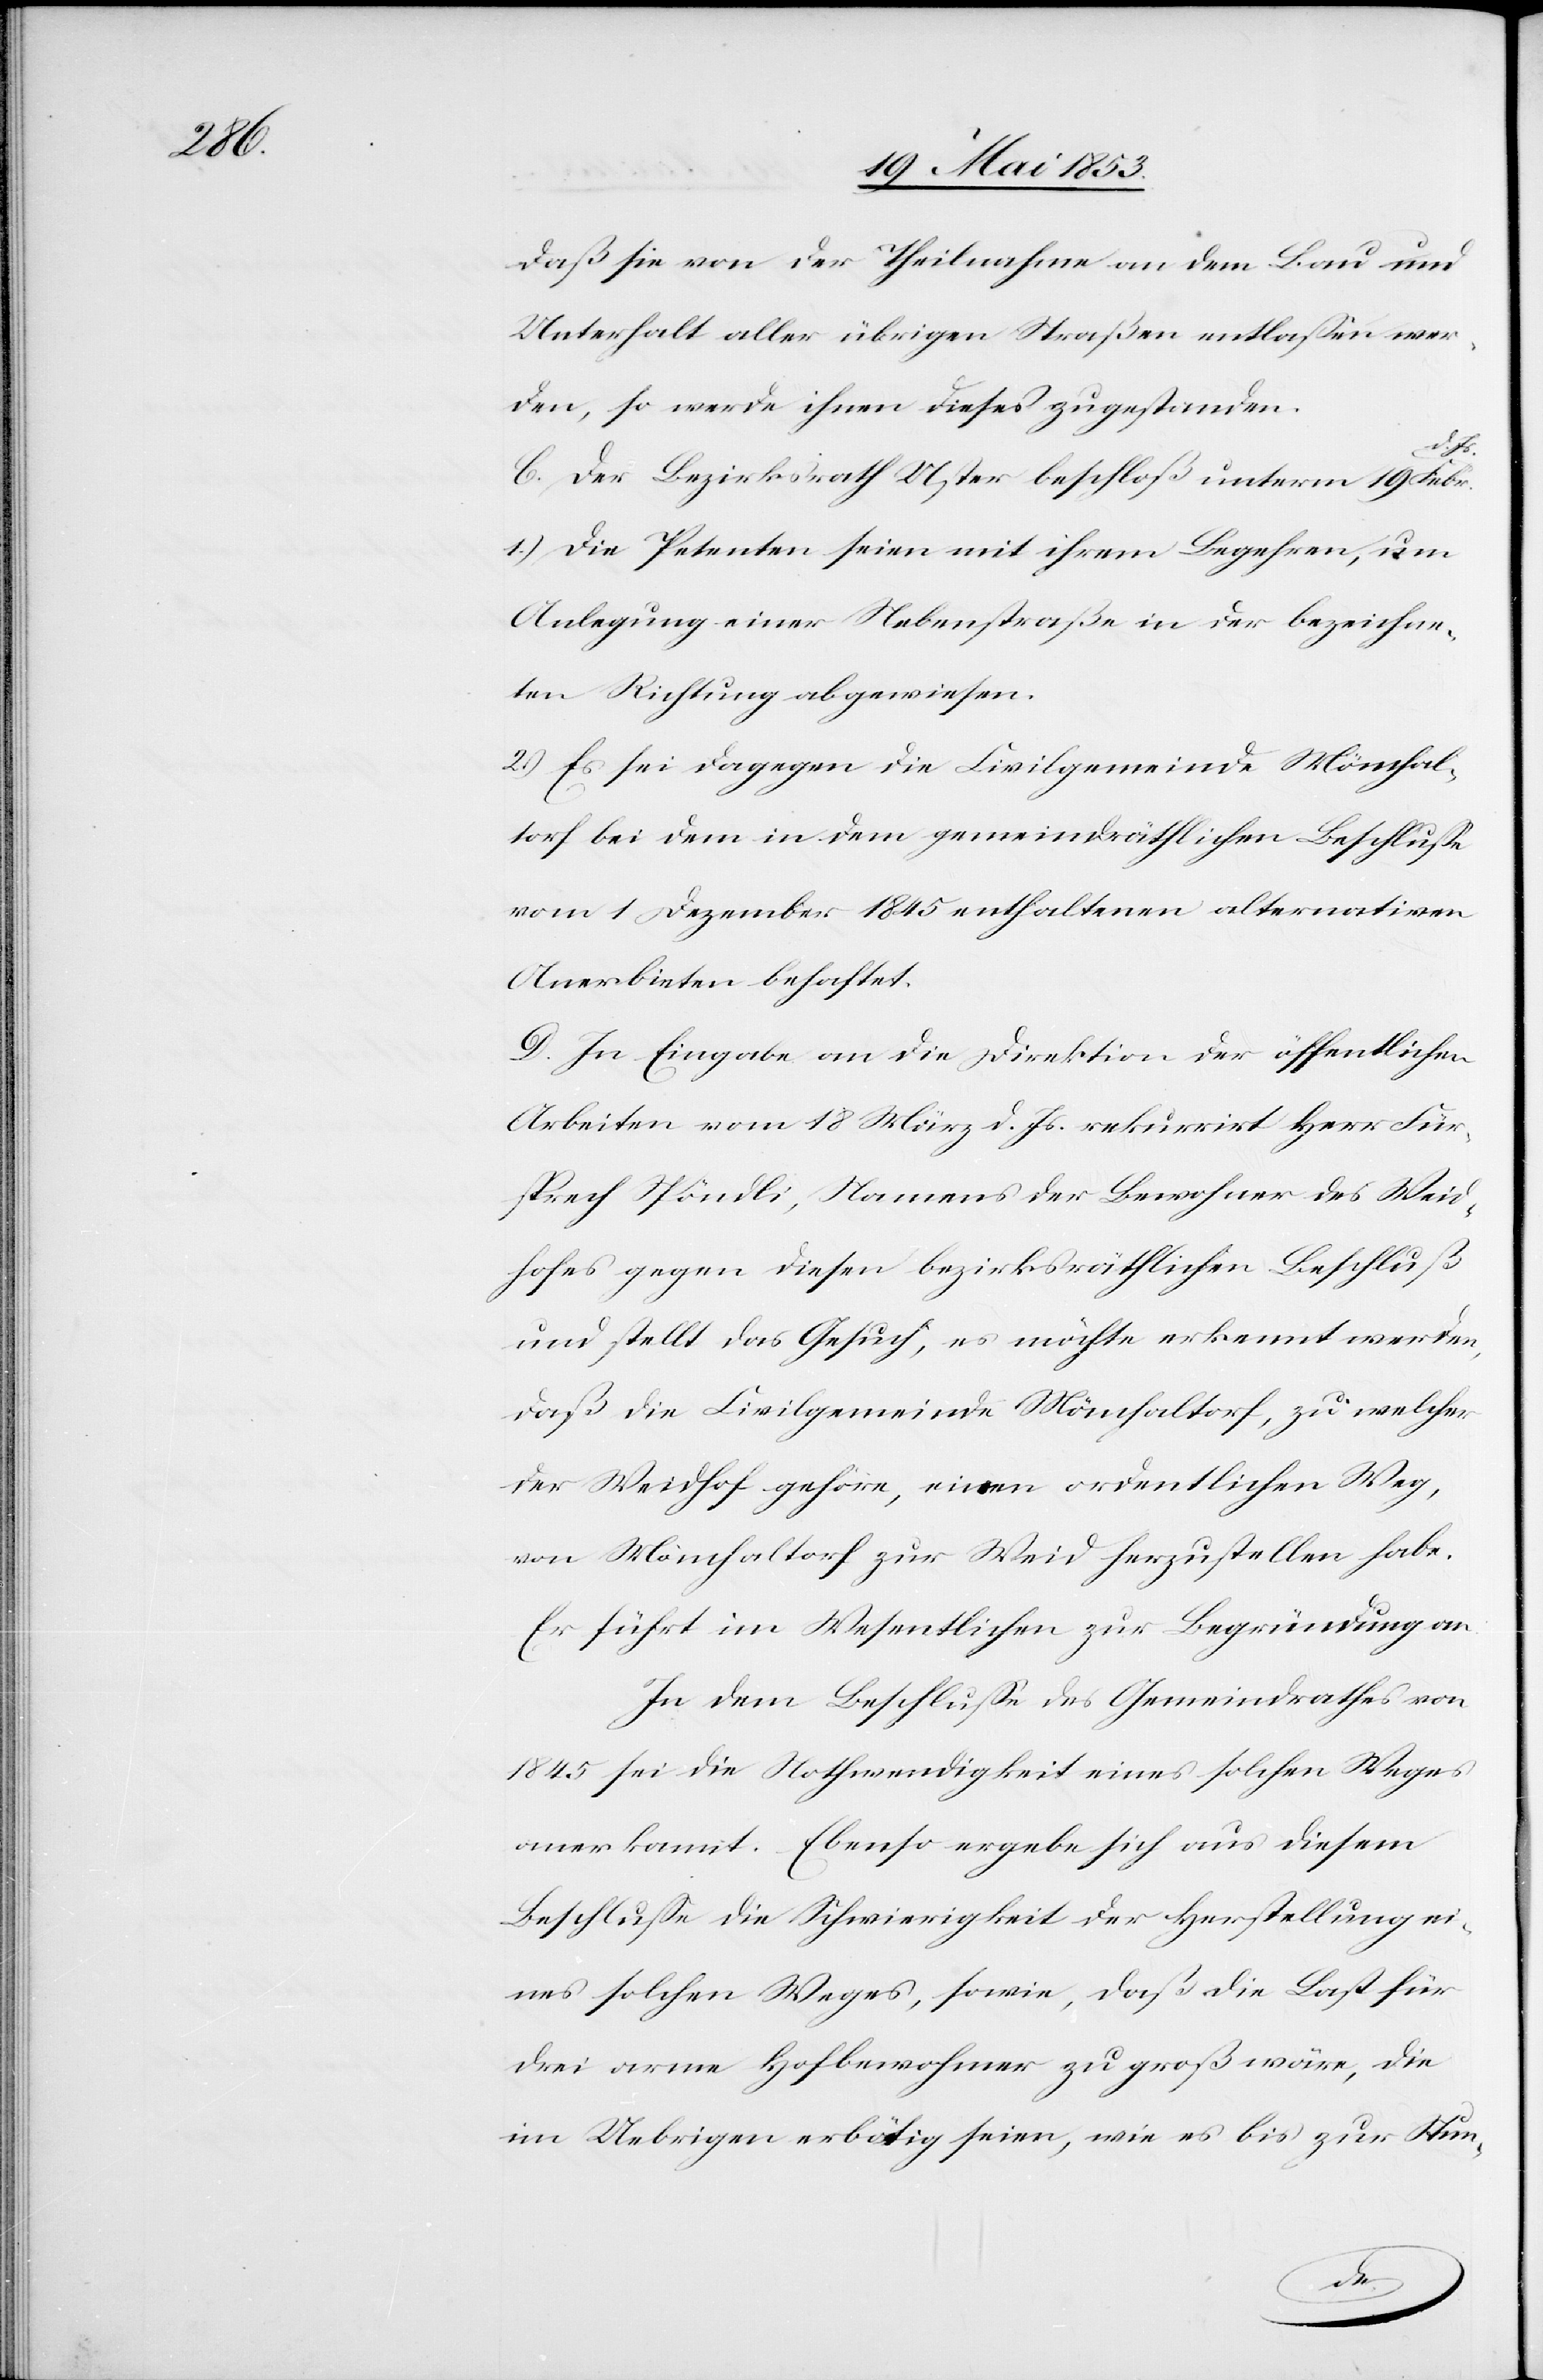
daß sie von der Theilnahme an dem Bau und
Unterhalt aller übrigen Straßenn entlaßen wer¬
den, so werde ihnen dieses zugestanden.
Js.
b. Der Bezirksrath Uster, beschloß unterm 19 Febr.
1) Die Petenten seien mit ihrem Begehren, um
Anlegung einer Nebenstraße in der bezeichne¬
ten Richtung abgewiesen.
2) Es sei dagegen die Civilgemeinde Mönchal¬
torf bei dem in dem gemeindräthlichen Beschluße
vom 1 Dezember 1845 enthaltenen alternativen
Anerbieten behaftet.
D. In Eingabe an die Direktion der öffentlichen
Arbeiten vom 18 März d. Js. rekurrirt Herr Für¬
sprech Spöndli, Namens der Bewohner des Weid¬
hofes gegen diesen bezirksräthlichen Beschluß
und stellt das Gesuch, es möchte erkennt werden,
daß die Civilgemeinde Mönchaltorf, zu welcher
der Weidhof gehöre, einen ordentlichen Weg,
von Mönchaltorf zur Weid herzustellen habe.
Er führt im Wesentlichen zur Begründung an:
In dem Beschluß des Gemeindrathes von
1845 sei die Nothwendigkeit eines solchen Weges
anerkannt. Ebenso ergebe sich aus diesem
Beschluße die Schwierigkeit der Herstellung ei¬
nes solchen Weges, sowie, daß die Last für
drei arme Hofbewohner zu groß wäre, die
im Uebrigen erbötig seien, wie es bis zur Stun-